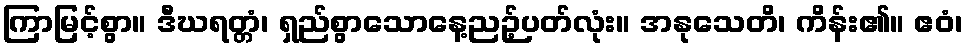
ကြာမြင့်စွာ။ ဒီဃရတ္တံ၊ ရှည်စွာသောနေ့ညဉ့်ပတ်လုံး။ အနုသေတိ၊ ကိန်း၏။ ဧဝံ၊